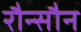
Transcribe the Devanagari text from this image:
रौन्सौन